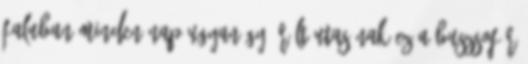
faluban Minden nap ugyanúgy örült utasának ez a buszsofőr